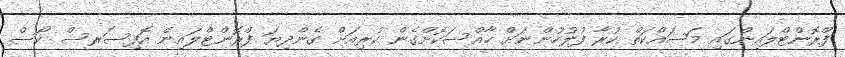
ފްރޮންޓްލައިންގައި މަސައްކަތް ކުރާ ފުލުހުންނަށް ޚާއްސަކޮށްގެން ކުރިއަށް ގެންދިޔަ ފްރޮންޓްލައިން އޮފިސަރސް ކޯސް